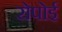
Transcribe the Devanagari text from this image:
रोपोई